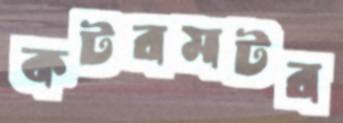
কটরমটর